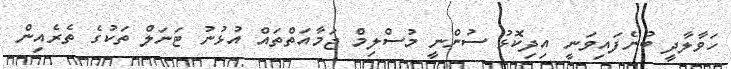
ހަވާލާދީ ބުނެފައިވަނީ އިދިކޮޅު ސުންނީ މުސްލިމް ޖަމާއަތްތައް އުޅުނު ޓަނަލް ތަކުގެ ތެރެއިން